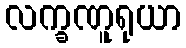
လက္ခဏူရုယာ